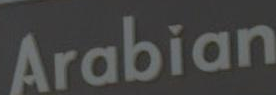
Arabian